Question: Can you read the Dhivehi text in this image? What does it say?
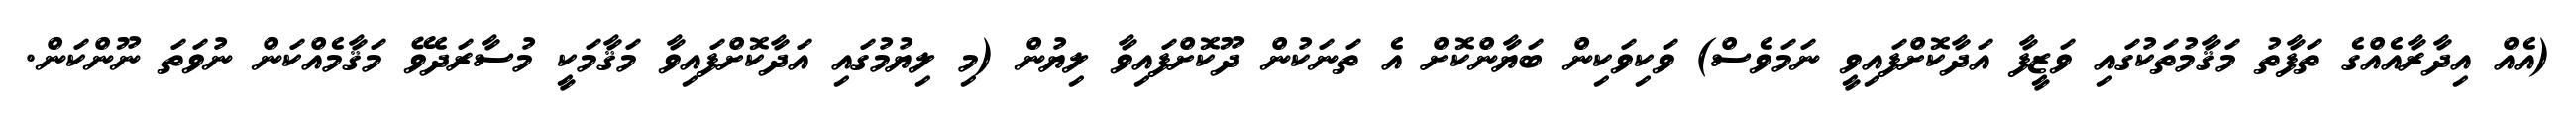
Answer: (އެއް އިދާރާއެއްގެ ތަފާތު މަޤާމުތަކުގައި ވަޒީފާ އަދާކޮށްފައިވީ ނަމަވެސް) ވަކިވަކިން ބަޔާންކޮށް އެ ތަނަކުން ދޫކޮށްފައިވާ ލިޔުން (މި ލިޔުމުގައި އަދާކޮށްފައިވާ މަޤާމަކީ މުސާރަދެވޭ މަޤާމެއްކަން ނުވަތަ ނޫންކަން.